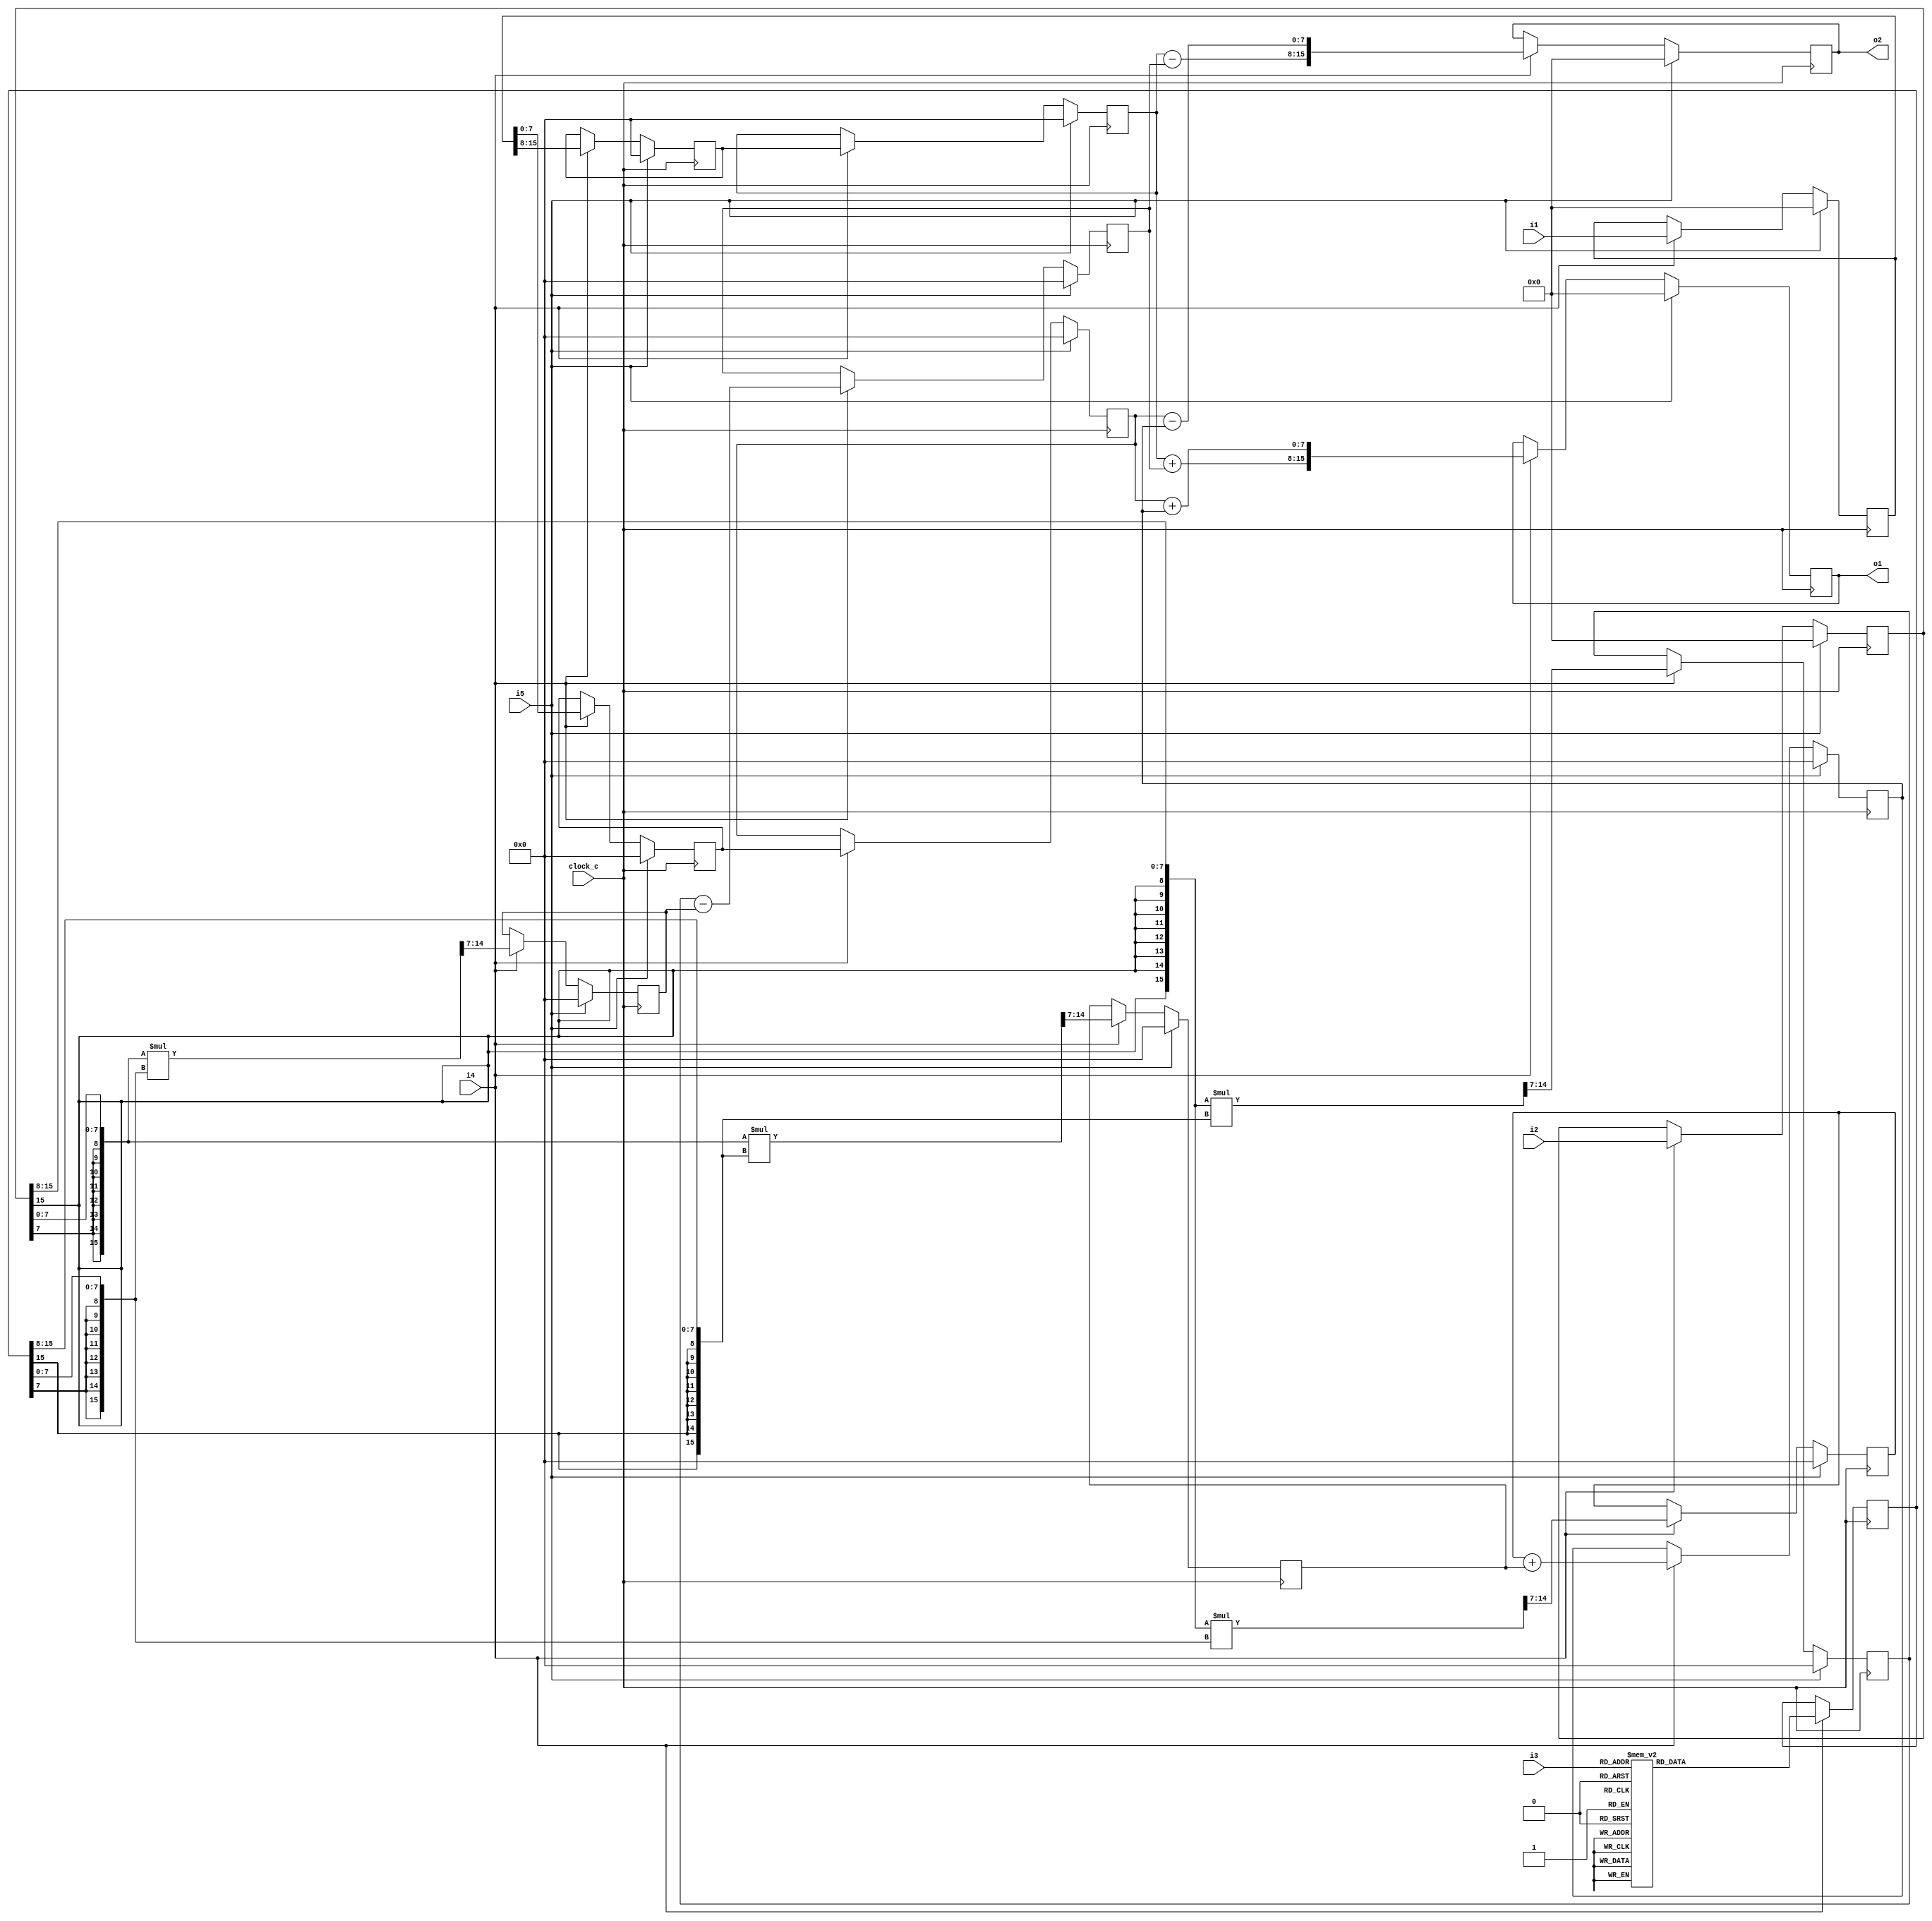
module cf_fft_1024_8_16 (clock_c, i1, i2, i3, i4, i5, o1, o2);
input  clock_c;
input  [15:0] i1;
input  [15:0] i2;
input  [5:0] i3;
input  i4;
input  i5;
output [15:0] o1;
output [15:0] o2;
reg    [15:0] n1;
wire   [7:0] n2;
wire   [7:0] n3;
reg    [15:0] n4;
wire   [7:0] n5;
wire   [7:0] n6;
reg    [7:0] n7;
reg    [7:0] n8;
reg    [7:0] n9;
reg    [7:0] n10;
reg    [15:0] n11;
wire   [7:0] n12;
wire   [7:0] n13;
wire   [15:0] n14;
wire   [7:0] n15;
reg    [7:0] n16;
wire   [15:0] n17;
wire   [7:0] n18;
reg    [7:0] n19;
wire   [7:0] n20;
reg    [7:0] n21;
wire   [15:0] n22;
wire   [7:0] n23;
reg    [7:0] n24;
wire   [15:0] n25;
wire   [7:0] n26;
reg    [7:0] n27;
wire   [7:0] n28;
reg    [7:0] n29;
wire   [7:0] n30;
wire   [7:0] n31;
wire   [15:0] n32;
reg    [15:0] n33;
wire   [7:0] n34;
wire   [7:0] n35;
wire   [15:0] n36;
reg    [15:0] n37;
initial n1 = 16'b0000000000000000;
always @ (posedge clock_c)
  if (i5 == 1'b1)
    n1 <= 16'b0000000000000000;
  else if (i4 == 1'b1)
    n1 <= i1;
assign n2 = {n1[15],
  n1[14],
  n1[13],
  n1[12],
  n1[11],
  n1[10],
  n1[9],
  n1[8]};
assign n3 = {n1[7],
  n1[6],
  n1[5],
  n1[4],
  n1[3],
  n1[2],
  n1[1],
  n1[0]};
initial n4 = 16'b0000000000000000;
always @ (posedge clock_c)
  if (i5 == 1'b1)
    n4 <= 16'b0000000000000000;
  else if (i4 == 1'b1)
    n4 <= i2;
assign n5 = {n4[15],
  n4[14],
  n4[13],
  n4[12],
  n4[11],
  n4[10],
  n4[9],
  n4[8]};
assign n6 = {n4[7],
  n4[6],
  n4[5],
  n4[4],
  n4[3],
  n4[2],
  n4[1],
  n4[0]};
initial n7 = 8'b00000000;
always @ (posedge clock_c)
  if (i5 == 1'b1)
    n7 <= 8'b00000000;
  else if (i4 == 1'b1)
    n7 <= n2;
initial n8 = 8'b00000000;
always @ (posedge clock_c)
  if (i5 == 1'b1)
    n8 <= 8'b00000000;
  else if (i4 == 1'b1)
    n8 <= n7;
initial n9 = 8'b00000000;
always @ (posedge clock_c)
  if (i5 == 1'b1)
    n9 <= 8'b00000000;
  else if (i4 == 1'b1)
    n9 <= n3;
initial n10 = 8'b00000000;
always @ (posedge clock_c)
  if (i5 == 1'b1)
    n10 <= 8'b00000000;
  else if (i4 == 1'b1)
    n10 <= n9;
initial n11 = 16'b0000000000000000;
always @ (posedge clock_c)
  if (i4 == 1'b1)
    case (i3)
      6'b000000 : n11 <= 16'b0111111100000000;
      6'b000001 : n11 <= 16'b0111111111111001;
      6'b000010 : n11 <= 16'b0111111111110011;
      6'b000011 : n11 <= 16'b0111111011101101;
      6'b000100 : n11 <= 16'b0111110111100111;
      6'b000101 : n11 <= 16'b0111110011100000;
      6'b000110 : n11 <= 16'b0111101011011010;
      6'b000111 : n11 <= 16'b0111100011010100;
      6'b001000 : n11 <= 16'b0111011011001111;
      6'b001001 : n11 <= 16'b0111001111001001;
      6'b001010 : n11 <= 16'b0111000011000011;
      6'b001011 : n11 <= 16'b0110110110111110;
      6'b001100 : n11 <= 16'b0110101010111000;
      6'b001101 : n11 <= 16'b0110011010110011;
      6'b001110 : n11 <= 16'b0110001010101110;
      6'b001111 : n11 <= 16'b0101111010101010;
      6'b010000 : n11 <= 16'b0101101010100101;
      6'b010001 : n11 <= 16'b0101010110100001;
      6'b010010 : n11 <= 16'b0101000110011101;
      6'b010011 : n11 <= 16'b0100110010011001;
      6'b010100 : n11 <= 16'b0100011110010101;
      6'b010101 : n11 <= 16'b0100000110010010;
      6'b010110 : n11 <= 16'b0011110010001111;
      6'b010111 : n11 <= 16'b0011011010001100;
      6'b011000 : n11 <= 16'b0011000010001001;
      6'b011001 : n11 <= 16'b0010101110000111;
      6'b011010 : n11 <= 16'b0010010110000101;
      6'b011011 : n11 <= 16'b0001111110000011;
      6'b011100 : n11 <= 16'b0001100010000010;
      6'b011101 : n11 <= 16'b0001001010000001;
      6'b011110 : n11 <= 16'b0000110010000000;
      6'b011111 : n11 <= 16'b0000011010000000;
      6'b100000 : n11 <= 16'b0000000010000000;
      6'b100001 : n11 <= 16'b1111100110000000;
      6'b100010 : n11 <= 16'b1111001110000000;
      6'b100011 : n11 <= 16'b1110110110000001;
      6'b100100 : n11 <= 16'b1110011110000010;
      6'b100101 : n11 <= 16'b1110000010000011;
      6'b100110 : n11 <= 16'b1101101010000101;
      6'b100111 : n11 <= 16'b1101010010000111;
      6'b101000 : n11 <= 16'b1100111110001001;
      6'b101001 : n11 <= 16'b1100100110001100;
      6'b101010 : n11 <= 16'b1100001110001111;
      6'b101011 : n11 <= 16'b1011111010010010;
      6'b101100 : n11 <= 16'b1011100010010101;
      6'b101101 : n11 <= 16'b1011001110011001;
      6'b101110 : n11 <= 16'b1010111010011101;
      6'b101111 : n11 <= 16'b1010101010100001;
      6'b110000 : n11 <= 16'b1010010110100101;
      6'b110001 : n11 <= 16'b1010000110101010;
      6'b110010 : n11 <= 16'b1001110110101110;
      6'b110011 : n11 <= 16'b1001100110110011;
      6'b110100 : n11 <= 16'b1001010110111000;
      6'b110101 : n11 <= 16'b1001001010111110;
      6'b110110 : n11 <= 16'b1000111111000011;
      6'b110111 : n11 <= 16'b1000110011001001;
      6'b111000 : n11 <= 16'b1000100111001111;
      6'b111001 : n11 <= 16'b1000011111010100;
      6'b111010 : n11 <= 16'b1000010111011010;
      6'b111011 : n11 <= 16'b1000001111100000;
      6'b111100 : n11 <= 16'b1000001011100111;
      6'b111101 : n11 <= 16'b1000000111101101;
      6'b111110 : n11 <= 16'b1000000011110011;
      6'b111111 : n11 <= 16'b1000000011111001;
      default : n11 <= 16'bxxxxxxxxxxxxxxxx;
    endcase
assign n12 = {n11[15],
  n11[14],
  n11[13],
  n11[12],
  n11[11],
  n11[10],
  n11[9],
  n11[8]};
assign n13 = {n11[7],
  n11[6],
  n11[5],
  n11[4],
  n11[3],
  n11[2],
  n11[1],
  n11[0]};
assign n14 = {{8{n5[7]}}, n5} * {{8{n12[7]}}, n12};
assign n15 = {n14[14],
  n14[13],
  n14[12],
  n14[11],
  n14[10],
  n14[9],
  n14[8],
  n14[7]};
initial n16 = 8'b00000000;
always @ (posedge clock_c)
  if (i5 == 1'b1)
    n16 <= 8'b00000000;
  else if (i4 == 1'b1)
    n16 <= n15;
assign n17 = {{8{n6[7]}}, n6} * {{8{n13[7]}}, n13};
assign n18 = {n17[14],
  n17[13],
  n17[12],
  n17[11],
  n17[10],
  n17[9],
  n17[8],
  n17[7]};
initial n19 = 8'b00000000;
always @ (posedge clock_c)
  if (i5 == 1'b1)
    n19 <= 8'b00000000;
  else if (i4 == 1'b1)
    n19 <= n18;
assign n20 = n16 - n19;
initial n21 = 8'b00000000;
always @ (posedge clock_c)
  if (i5 == 1'b1)
    n21 <= 8'b00000000;
  else if (i4 == 1'b1)
    n21 <= n20;
assign n22 = {{8{n5[7]}}, n5} * {{8{n13[7]}}, n13};
assign n23 = {n22[14],
  n22[13],
  n22[12],
  n22[11],
  n22[10],
  n22[9],
  n22[8],
  n22[7]};
initial n24 = 8'b00000000;
always @ (posedge clock_c)
  if (i5 == 1'b1)
    n24 <= 8'b00000000;
  else if (i4 == 1'b1)
    n24 <= n23;
assign n25 = {{8{n6[7]}}, n6} * {{8{n12[7]}}, n12};
assign n26 = {n25[14],
  n25[13],
  n25[12],
  n25[11],
  n25[10],
  n25[9],
  n25[8],
  n25[7]};
initial n27 = 8'b00000000;
always @ (posedge clock_c)
  if (i5 == 1'b1)
    n27 <= 8'b00000000;
  else if (i4 == 1'b1)
    n27 <= n26;
assign n28 = n24 + n27;
initial n29 = 8'b00000000;
always @ (posedge clock_c)
  if (i5 == 1'b1)
    n29 <= 8'b00000000;
  else if (i4 == 1'b1)
    n29 <= n28;
assign n30 = n8 + n21;
assign n31 = n10 + n29;
assign n32 = {n30, n31};
initial n33 = 16'b0000000000000000;
always @ (posedge clock_c)
  if (i5 == 1'b1)
    n33 <= 16'b0000000000000000;
  else if (i4 == 1'b1)
    n33 <= n32;
assign n34 = n8 - n21;
assign n35 = n10 - n29;
assign n36 = {n34, n35};
initial n37 = 16'b0000000000000000;
always @ (posedge clock_c)
  if (i5 == 1'b1)
    n37 <= 16'b0000000000000000;
  else if (i4 == 1'b1)
    n37 <= n36;
assign o2 = n37;
assign o1 = n33;
endmodule